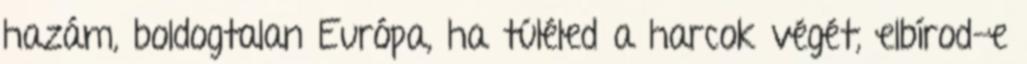
hazám, boldogtalan Európa, ha túléled a harcok végét, elbírod-e